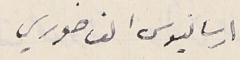
ارسانيوس الفاخوري